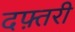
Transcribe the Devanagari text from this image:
दफ़्तरी